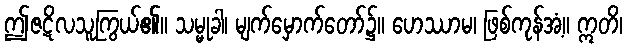
ဤဇဋိလသူကြွယ်၏။ သမ္မုခါ၊ မျက်မှောက်တော်၌။ ဟေဿာမ၊ ဖြစ်ကုန်အံ့။ ဣတိ၊